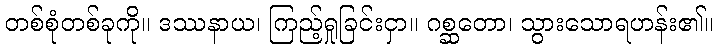
တစ်စုံတစ်ခုကို။ ဒဿနာယ၊ ကြည့်ရှုခြင်းငှာ။ ဂစ္ဆတော၊ သွားသောရဟန်း၏။